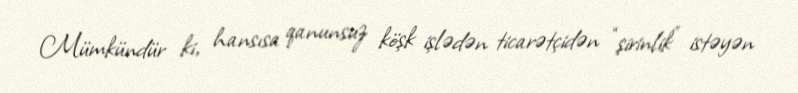
Mümkündür ki, hansısa qanunsuz köşk işlədən ticarətçidən “şirinlik” istəyən